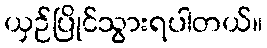
ယှဉ်ပြိုင်သွားရပါတယ်။